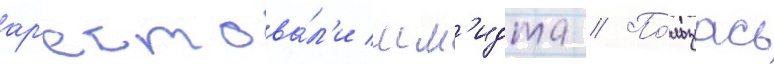
ар'естова́л'и шм'идта // По́льзуась